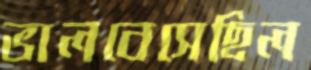
ভালবেসেছিল